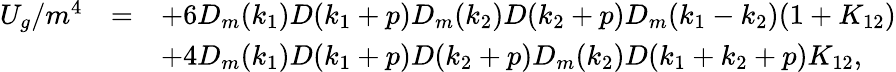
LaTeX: \begin{array}{rcl}{{U_{g}/m^{4}}}&{{=}}&{{\displaystyle+6D_{m}(k_{1})D(k_{1}+p)D_{m}(k_{2})D(k_{2}+p)D_{m}(k_{1}-k_{2})(1+K_{12})}}\\ {{}}&{{}}&{{\displaystyle+4D_{m}(k_{1})D(k_{1}+p)D(k_{2}+p)D_{m}(k_{2})D(k_{1}+k_{2}+p)K_{12},}}\end{array}